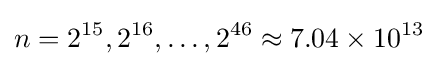
n=2^{15},2^{16},\ldots ,2^{46}\approx 7.04\times 10^{13}